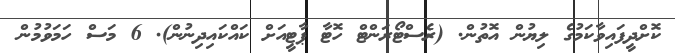
ކޮށްދީފައިވާކަމުގެ ލިޔުން އޮތުން. (ރެސްޓޯރަންޓް ހޮޓާ ޕާޓީއަށް ކައްކައިދިނުން). 6 މަސް ހަމަވުމުން